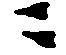
ニ